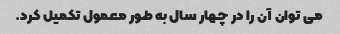
می توان آن را در چهار سال به طور معمول تکمیل کرد.